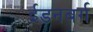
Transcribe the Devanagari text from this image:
ईडनबर्ग